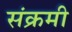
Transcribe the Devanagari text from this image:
संक्रमी